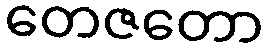
တေဇတော